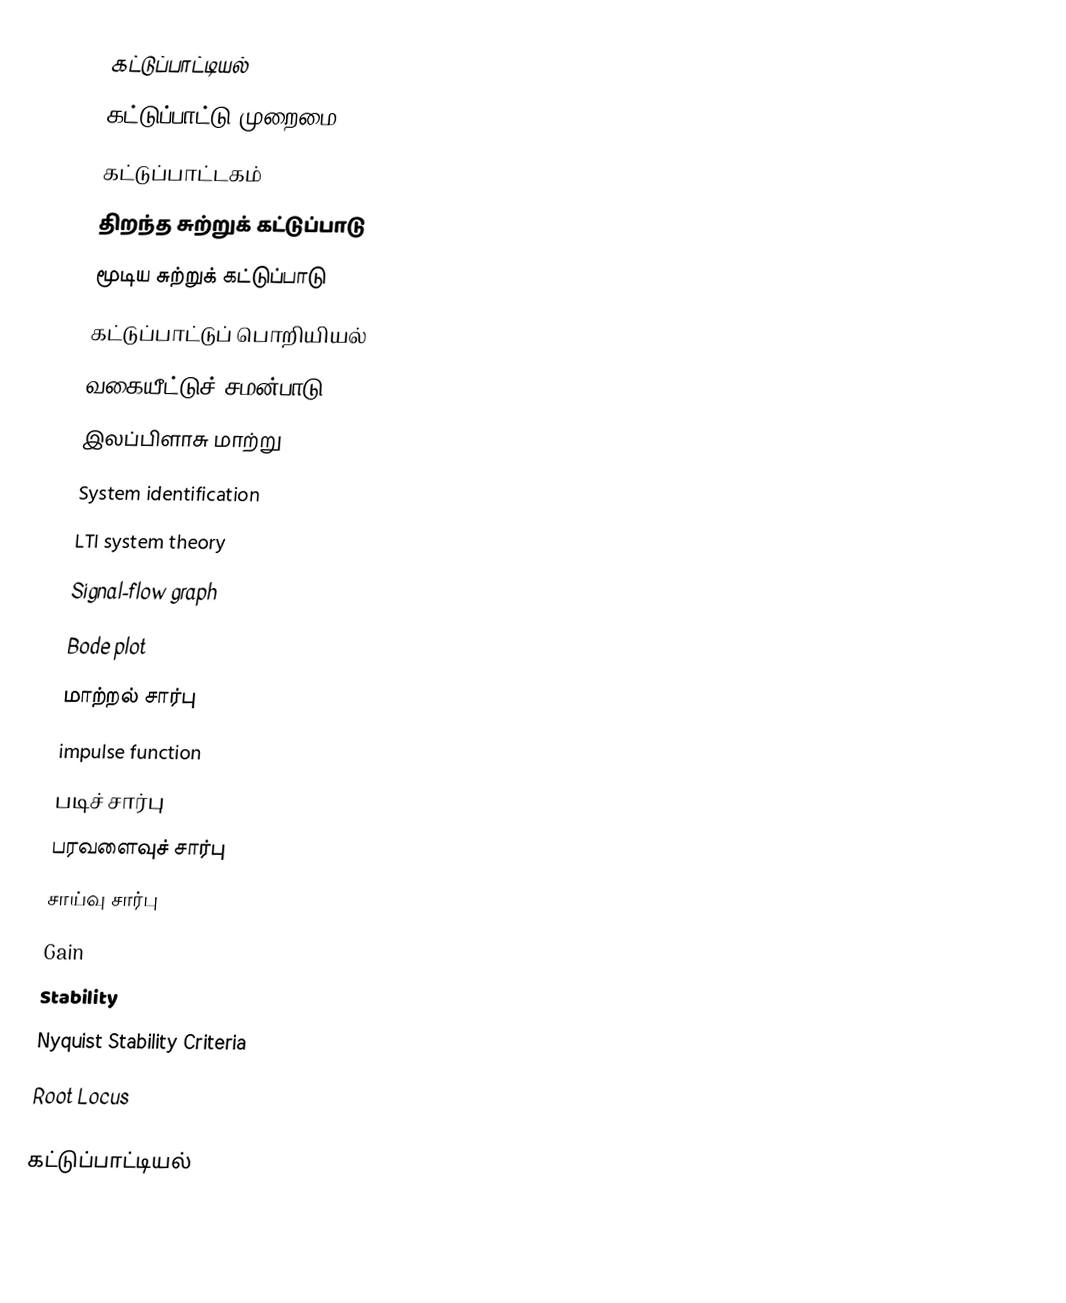
கட்டுப்பாட்டியல்
 கட்டுப்பாட்டு முறைமை
 கட்டுப்பாட்டகம்
 திறந்த சுற்றுக் கட்டுப்பாடு
 மூடிய சுற்றுக் கட்டுப்பாடு
 கட்டுப்பாட்டுப் பொறியியல்
 வகையீட்டுச் சமன்பாடு
 இலப்பிளாசு மாற்று
 System identification
 LTI system theory
 Signal-flow graph
 Bode plot
 மாற்றல் சார்பு
 impulse function
 படிச் சார்பு
 பரவளைவுச் சார்பு
 சாய்வு சார்பு
 Gain
 Stability
 Nyquist Stability Criteria
 Root Locus

கட்டுப்பாட்டியல்